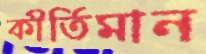
কীর্তিমান